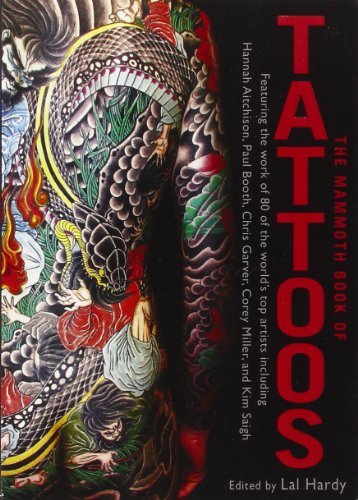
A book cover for The Mammoth Book of Tattoos; Lal Hardy; Arts & Photography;